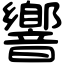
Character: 響